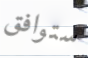
ستوافق